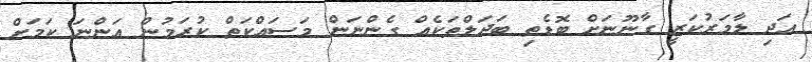
އަދި ލާމަރުކަޒީ ގާނޫނަށް ބޮޑެތި ބަދަލްތަކެއް ގެންނަން މަސައްކަތް ކުރަމުން އަންނަ ކަމަށް